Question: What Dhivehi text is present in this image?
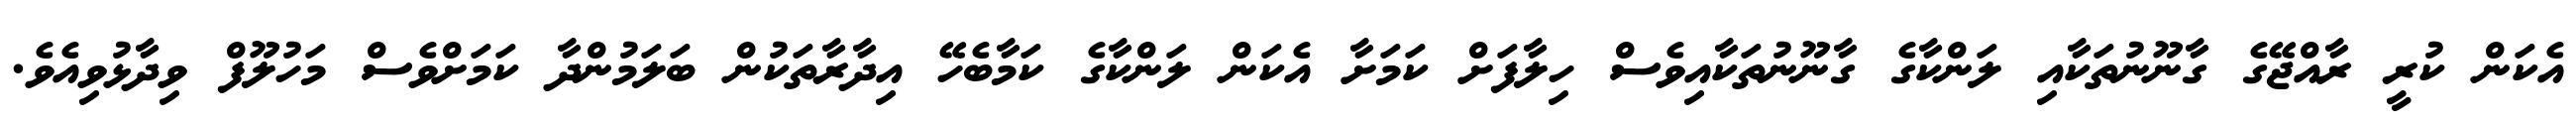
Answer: އެކަން ކުރީ ރާއްޖޭގެ ގާނޫނުތަކާއި ލަންކާގެ ގާނޫނުތަކާއިވެސް ހިލާފަށް ކަމަށާ އެކަން ލަންކާގެ ކަމާބެހޭ އިދާރާތަކުން ބަލަމުންދާ ކަމަށްވެސް މަހުލޫފް ވިދާޅުވިއެވެ.